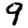
Digit: 9